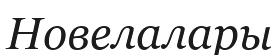
Новелалары